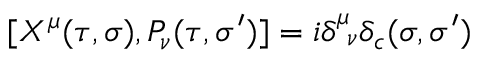
[ X ^ { \mu } ( \tau , \sigma ) , P _ { \nu } ( \tau , \sigma ^ { \prime } ) ] = i \delta _ { \ \nu } ^ { \mu } \delta _ { c } ( \sigma , \sigma ^ { \prime } )